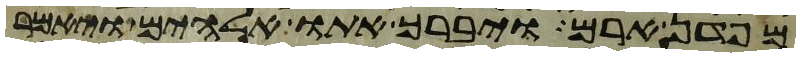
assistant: מפדן ארם ויברך אתו אלהים ויאמר